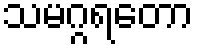
သမဂ္ဂရတော